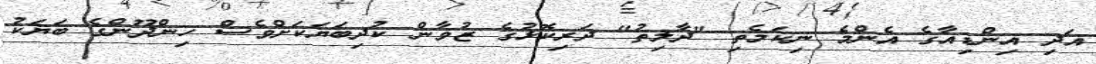
އަދި އިންޑިއާގެ އެންމެ ނިކަމެތި "ދާލިތު" ދަރިކޮޅުގެ ޒުވާން ކުދިބަޔަކަށްވެސް ހިންދޫންގެ ބަޔަކު